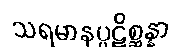
သရမာနပ္ပဋိစ္ဆန္နာ